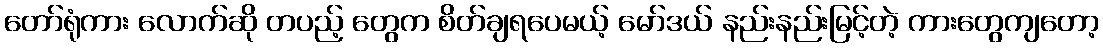
တော်ရုံကား လောက်ဆို တပည့် တွေက စိတ်ချရပေမယ့် မော်ဒယ် နည်းနည်းမြင့်တဲ့ ကားတွေကျတော့